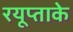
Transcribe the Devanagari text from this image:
रयूप्ताके